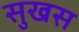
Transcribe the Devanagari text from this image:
सुखस